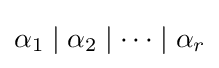
\alpha _{1}\mid \alpha _{2}\mid \cdots \mid \alpha _{r}